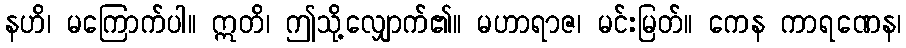
နဟိ၊ မကြောက်ပါ။ ဣတိ၊ ဤသို့လျှောက်၏။ မဟာရာဇ၊ မင်းမြတ်။ ကေန ကာရဏေန၊